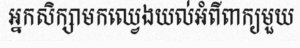
អ្នកសិក្សាមកឈ្វេងយល់អំពីពាក្យមួយ